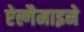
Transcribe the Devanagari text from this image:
ऐल्गैमाइने